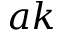
a k